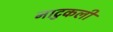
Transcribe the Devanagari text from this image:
नाटुकली